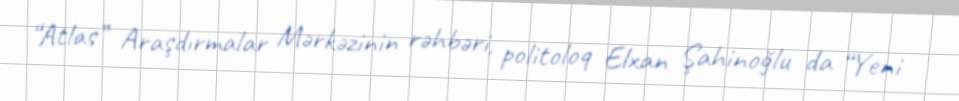
“Atlas” Araşdırmalar Mərkəzinin rəhbəri, politoloq Elxan Şahinoğlu da “Yeni